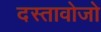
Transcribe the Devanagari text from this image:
दस्तावोजो